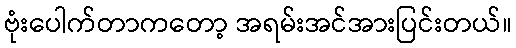
ဗုံးပေါက်တာကတော့ အရမ်းအင်အားပြင်းတယ်။